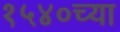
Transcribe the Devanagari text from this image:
१५४०च्या